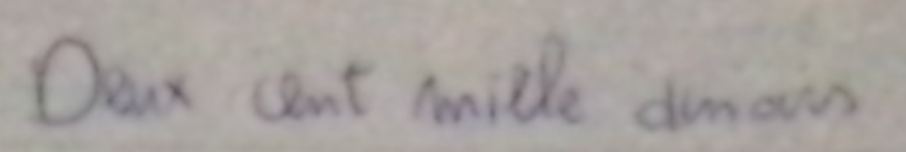
Deux cent mille dinars